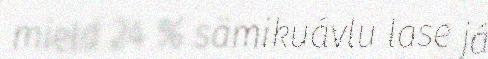
mield 24 % sämikuávlu lase já